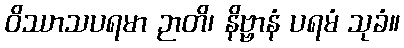
ဝိဿာသပရမာ ဉာတိ၊ နိဗ္ဗာနံ ပရမံ သုခံ။